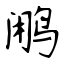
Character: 鹇